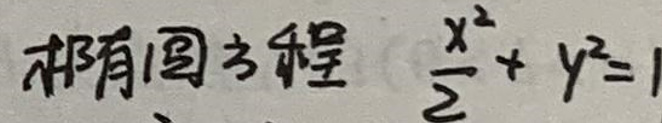
即有圆的方程\(\frac{x^{2}}{2}+y^{2}=1\)